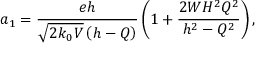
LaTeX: a _ { 1 } = \frac { e h } { \sqrt { 2 k _ { 0 } V } \left( h - Q \right) } \left( 1 + \frac { 2 W H ^ { 2 } Q ^ { 2 } } { h ^ { 2 } - Q ^ { 2 } } \right) ,